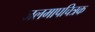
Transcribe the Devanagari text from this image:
जलमापचित्रक